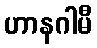
ဟာနဂါမီ